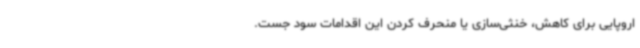
اروپایی برای کاهش، خنثی‌سازی یا منحرف‌ کردن این اقدامات سود جست.